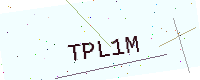
Text: TPL1M